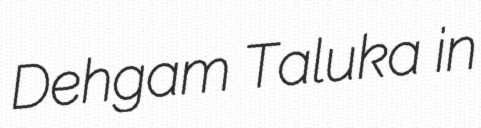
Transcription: Dehgam Taluka in